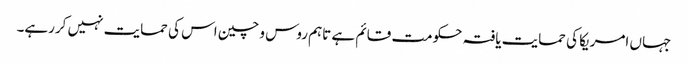
جہاں امریکا کی حمایت یافتہ حکومت قائم ہے تاہم روس و چین اس کی حمایت نہیں کررہے۔